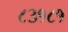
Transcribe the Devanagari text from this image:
८३१८१